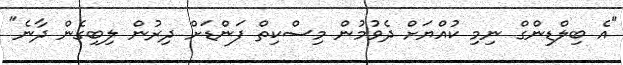
"އެ ބިލްޑިންގް ނިމި ކުއްޔަށް ދެވުމުން މިސްކިތް ފަންޑަށް ދިރުން ލިބިގެން ދާނެ"